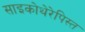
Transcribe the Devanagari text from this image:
साइकोथेरेपिस्त